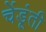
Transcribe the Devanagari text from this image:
चेंडूंती